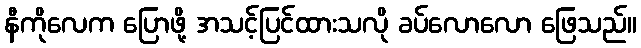
နီကိုလေက ပြောဖို့ အသင့်ပြင်ထားသလို ခပ်လောလော ဖြေသည်။